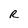
Character: R